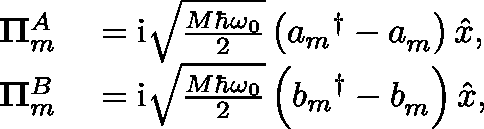
\begin{array} { r l } { \mathbf { \Pi } _ { m } ^ { A } } & { { } = \mathrm { i } \sqrt { \frac { M \hbar \omega _ { 0 } } { 2 } } \left( { a _ { m } } ^ { \dagger } - a _ { m } ^ { \phantom { \dagger } } \right) \hat { x } , } \\ { \mathbf { \Pi } _ { m } ^ { B } } & { { } = \mathrm { i } \sqrt { \frac { M \hbar \omega _ { 0 } } { 2 } } \left( { b _ { m } } ^ { \dagger } - b _ { m } ^ { \phantom { \dagger } } \right) \hat { x } , } \end{array}